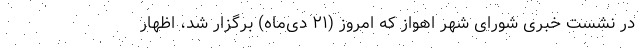
در نشست خبری شورای شهر اهواز که امروز (۲۱ دی‌ماه) برگزار شد، اظهار